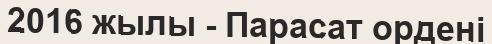
2016 жылы - Парасат ордені